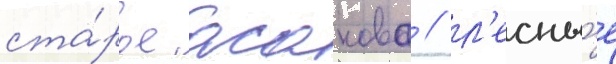
ста́рое асаново / л'есны́е